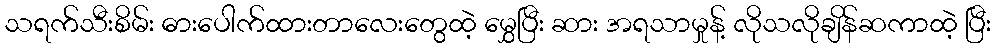
သရက်သီးစိမ်း ဓားပေါက်ထားတာလေးတွေထဲ့ မွှေပြီး ဆား အရသာမှုန့် လိုသလိုချိန်ဆကာထဲ့ ပြီး